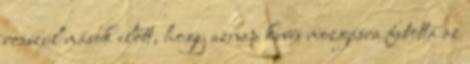
rosszul mások előtt, hogy aznap kevés mozgásra futotta az